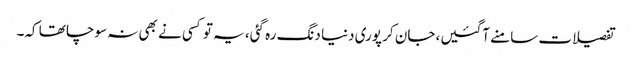
تفصیلات سامنے آگئیں، جان کر پوری دنیا دنگ رہ گئی، یہ تو کسی نے بھی نہ سوچا تھا کہ۔